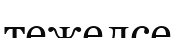
тежелсе